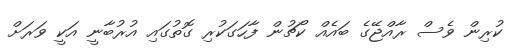
ކުރިން ވެސް ރާއްޖޭގެ ބައެއް ކޯޗުން ފާހަގަކުރި ގޮތުގައި އުރުބާނީ އަކީ ވަރަށް